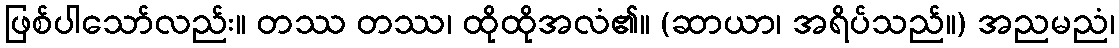
ဖြစ်ပါသော်လည်း။ တဿ တဿ၊ ထိုထိုအလံ၏။ (ဆာယာ၊ အရိပ်သည်။) အညမညံ၊